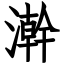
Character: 澣